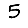
Digit: 5